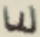
Text: E